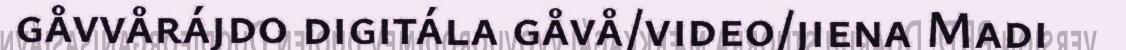
gåvvårájdo digitála gåvå/video/jiena Madi